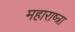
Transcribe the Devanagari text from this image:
महाराष्त्रा